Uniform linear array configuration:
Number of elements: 16
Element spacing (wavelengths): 0.5
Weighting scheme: hamming
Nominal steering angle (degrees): -30
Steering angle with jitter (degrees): -28.084
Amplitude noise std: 0.05
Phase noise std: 0.05

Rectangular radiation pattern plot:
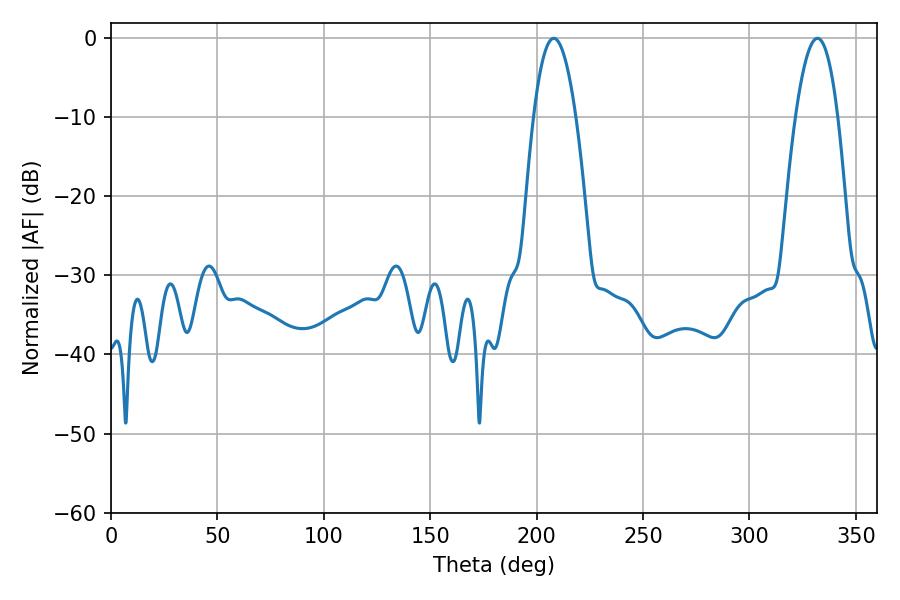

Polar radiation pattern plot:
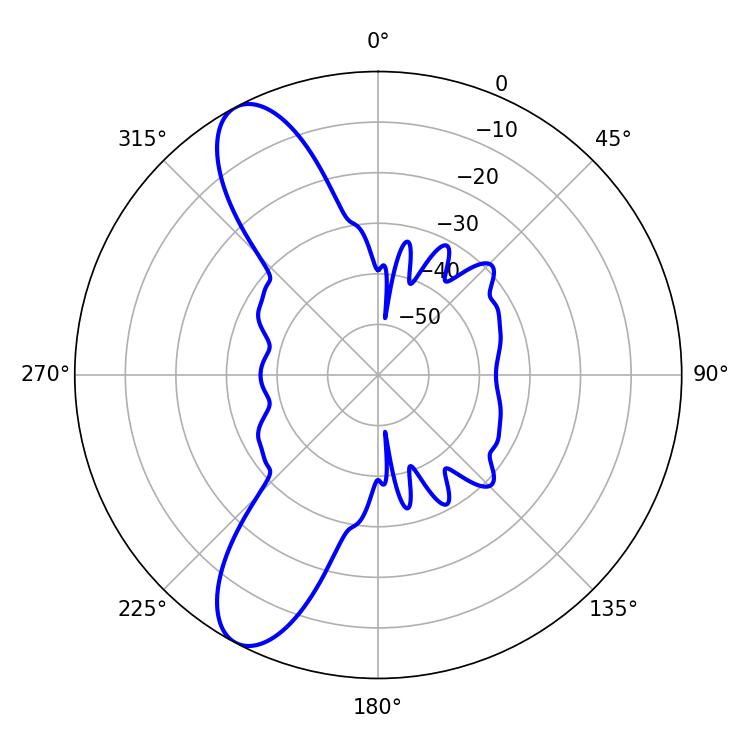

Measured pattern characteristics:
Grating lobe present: FALSE
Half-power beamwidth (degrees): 10.98
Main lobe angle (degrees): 208.08